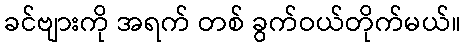
ခင်ဗျားကို အရက် တစ် ခွက်ဝယ်တိုက်မယ်။